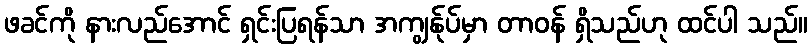
ဖခင်ကို နားလည်အောင် ရှင်းပြရန်သာ အကျွန်ုပ်မှာ တာဝန် ရှိသည်ဟု ထင်ပါ သည်။